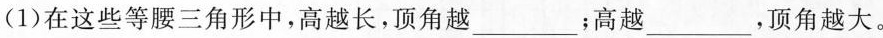
(1)在这些等腰三角形中，高越长，顶角越___；高越___，顶角越大。